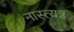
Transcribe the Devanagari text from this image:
नास्त्यत्र